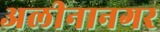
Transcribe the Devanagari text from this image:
अलीनानगर